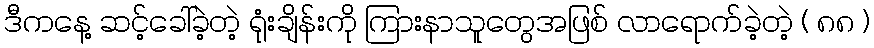
ဒီကနေ့ ဆင့်ခေါ်ခဲ့တဲ့ ရုံးချိန်းကို ကြားနာသူတွေအဖြစ် လာရောက်ခဲ့တဲ့ ( ၈၈ )